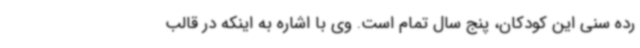
رده سنی این کودکان، پنج سال تمام است. وی با اشاره به اینکه در قالب